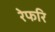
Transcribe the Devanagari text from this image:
रेफरि